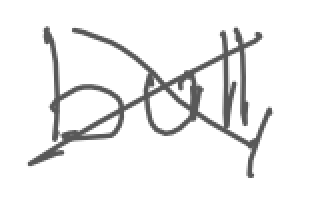
Text: bull,
Cross-out: mix
Writing tool: digital_gray